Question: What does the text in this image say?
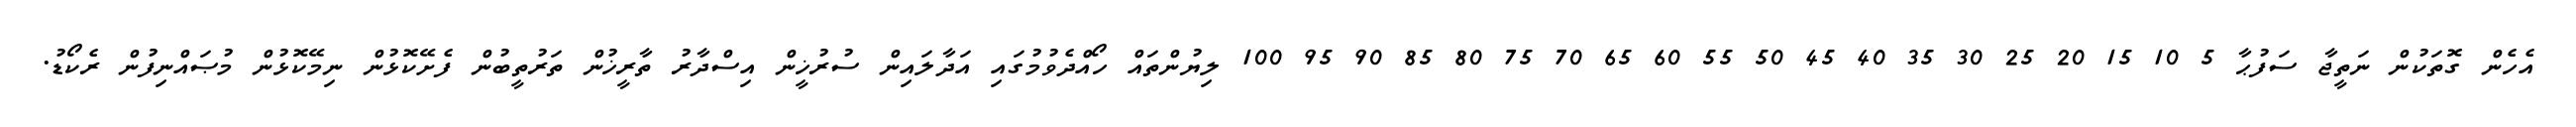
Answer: އެހެން ގޮތަކުން ނަތީޖާ ސަފުޙާ 5 10 15 20 25 30 35 40 45 50 55 60 65 70 75 80 85 90 95 100 ލިޔުންތައް ހޯއްދެވުމުގައި އަދާލައިން ސުރުޚީން އިސްދާރު ތާރީޚުން ތަރުތީބުން ފެށޭކޮޅުން ނިމޭކޮޅުން މުޞައްނިފުން ރެކޯޑު.